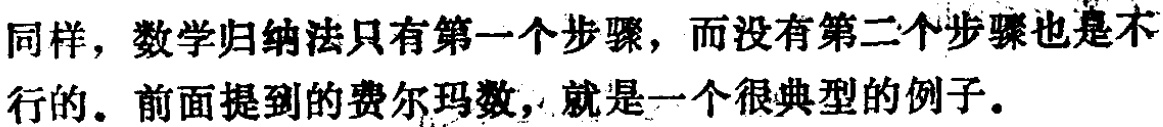
同样，数学归纳法只有第一个步骤，而没有第二个步骤也是不行的。前面提到的费尔玛数，就是一个很典型的例子。